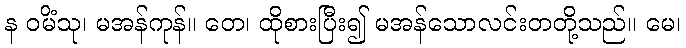
န ဝမိံသု၊ မအန်ကုန်။ တေ၊ ထိုစားပြီး၍ မအန်သောလင်းတတို့သည်။ မေ၊